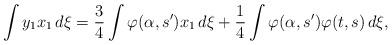
LaTeX: \begin{gather*}\int y_1x_1\,d\xi = \frac34 \int \varphi(\alpha,s')x_1\,d\xi + \frac14\int\varphi(\alpha,s')\varphi(t,s)\,d\xi,\end{gather*}